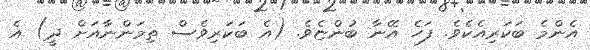
އެންމެ ބަކަރިއެކެވެ. ފަހެ އޭނާ ބުންޏެވެ. (އެ ބަކަރިވެސް ތިމަންނާއަށް ދީ) އެ